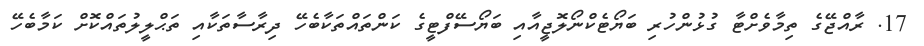
17. ރާއްޖޭގެ ތިމާވެށްޓާ ގުޅުންހުރި ބަޔޯޓެކްނޯލޮޖީއާއި ބަޔޯސޭފްޓީގެ ކަންތައްތަކާބެހޭ ދިރާސާތަކާއި ތަޙްލީލުތައްކޮށް ކަމާބެހޭ